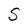
Character: S